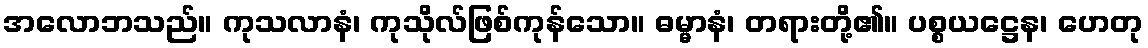
အလောဘသည်။ ကုသလာနံ၊ ကုသိုလ်ဖြစ်ကုန်သော။ ဓမ္မာနံ၊ တရားတို့၏။ ပစ္စယဋ္ဌေန၊ ဟေတု